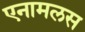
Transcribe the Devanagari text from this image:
एनामलस